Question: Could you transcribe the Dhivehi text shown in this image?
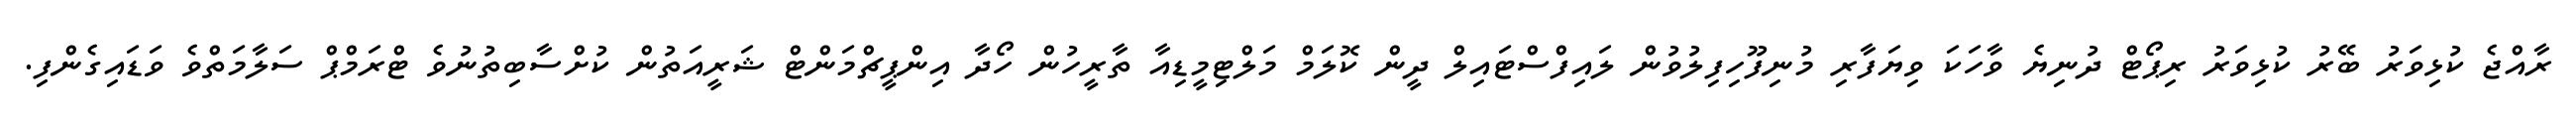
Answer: ރާއްޖެ ކުޅިވަރު ބޭރު ކުޅިވަރު ރިޕޯޓް ދުނިޔެ ވާހަކަ ވިޔަފާރި މުނިފޫހިފިލުވުން ލައިފްސްޓައިލް ދީން ކޮލަމް މަލްޓިމީޑިއާ ތާރީހުން ހޯދާ އިންޕީޗްމަންޓް ޝަރީއަތުން ކުށްސާބިތުނުވެ ޓްރަމްޕް ސަލާމަތްވެ ވަޑައިގެންފި.